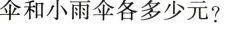
伞和小雨伞各多少元?